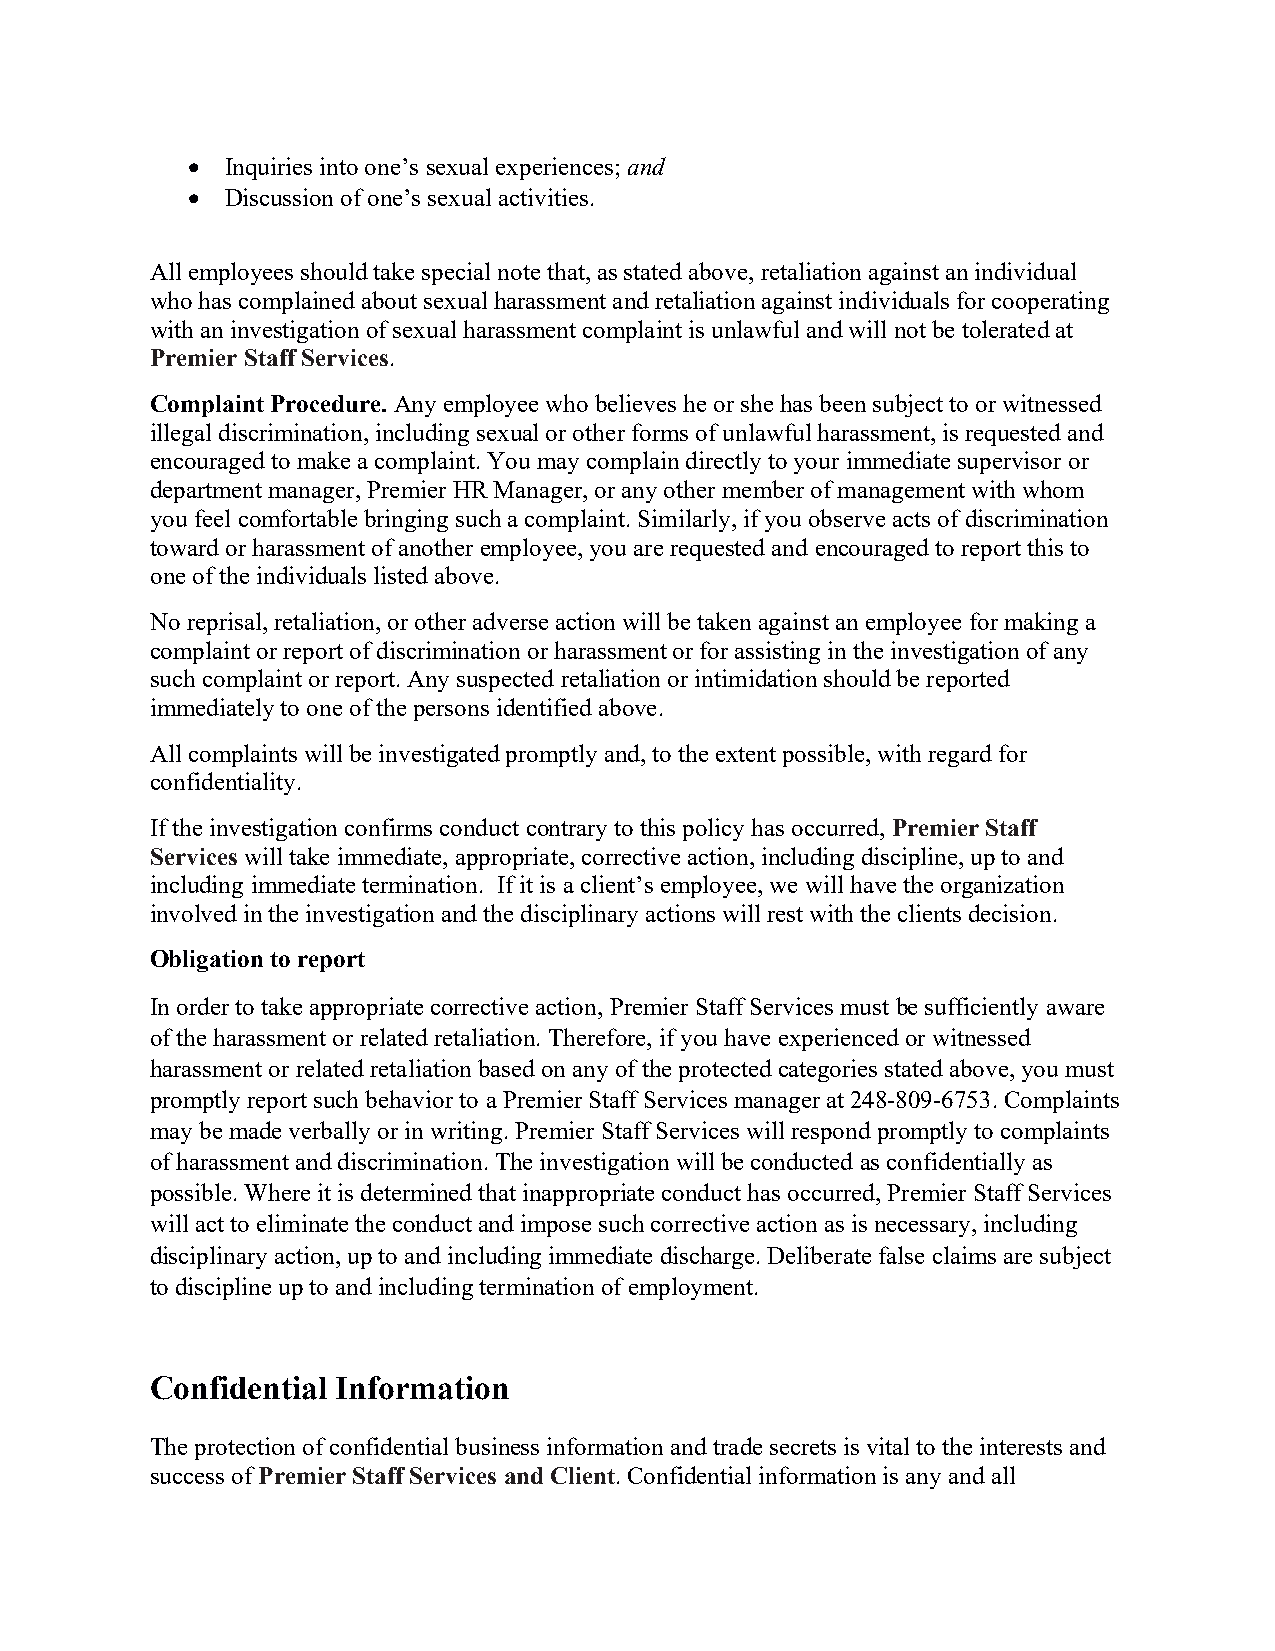
  Inquiries into one’s sexual experiences; and
   Discussion of one’s sexual activities.
 All employees should take special note that, as stated above, retaliation against an individual
 who has complained about sexual harassment and retaliation against individuals for cooperating
 with an investigation of sexual harassment complaint is unlawful and will not be tolerated at
 Premier Staff Services.
 Complaint Procedure. Any employee who believes he or she has been subject to or witnessed
 illegal discrimination, including sexual or other forms of unlawful harassment, is requested and
 encouraged to make a complaint. You may complain directly to your immediate supervisor or
 department manager, Premier HR Manager, or any other member of management with whom
 you feel comfortable bringing such a complaint. Similarly, if you observe acts of discrimination
 toward or harassment of another employee, you are requested and encouraged to report this to
 one of the individuals listed above.
 No reprisal, retaliation, or other adverse action will be taken against an employee for making a
 complaint or report of discrimination or harassment or for assisting in the investigation of any
 such complaint or report. Any suspected retaliation or intimidation should be reported
 immediately to one of the persons identified above.
 All complaints will be investigated promptly and, to the extent possible, with regard for
 confidentiality.
 If the investigation confirms conduct contrary to this policy has occurred, Premier Staff
 Services will take immediate, appropriate, corrective action, including discipline, up to and
 including immediate termination. If it is a client’s employee, we will have the organization
 involved in the investigation and the disciplinary actions will rest with the clients decision.
 Obligation to report
 In order to take appropriate corrective action, Premier Staff Services must be sufficiently aware
 of the harassment or related retaliation. Therefore, if you have experienced or witnessed
 harassment or related retaliation based on any of the protected categories stated above, you must
 promptly report such behavior to a Premier Staff Services manager at 248-809-6753. Complaints
 may be made verbally or in writing. Premier Staff Services will respond promptly to complaints
 of harassment and discrimination. The investigation will be conducted as confidentially as
 possible. Where it is determined that inappropriate conduct has occurred, Premier Staff Services
 will act to eliminate the conduct and impose such corrective action as is necessary, including
 disciplinary action, up to and including immediate discharge. Deliberate false claims are subject
 to discipline up to and including termination of employment.
 Confidential Information
 The protection of confidential business information and trade secrets is vital to the interests and
 success of Premier Staff Services and Client. Confidential information is any and all